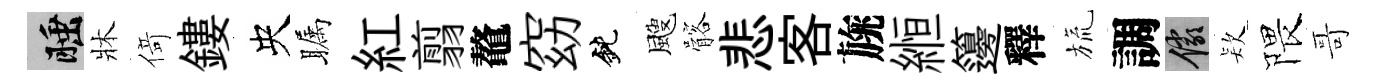
睡牀𠋣鏤央瞩紅翦鼇窈鈍颼髂悲客旐縆籩釋旒調儼𣣇隈哥